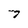
Character: 7